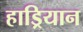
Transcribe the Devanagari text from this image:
हाड्रियान